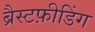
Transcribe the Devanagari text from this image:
ब्रैस्टफ़ीडिंग